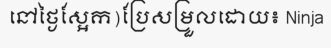
នៅថ្ងៃស្អែក)ប្រែសម្រួលដោយ៖ Ninja